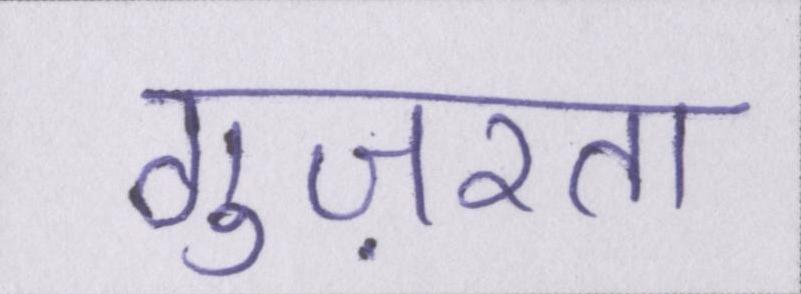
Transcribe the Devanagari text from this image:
गुज़रता